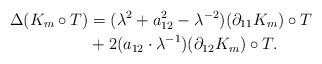
LaTeX: \begin{align*}\Delta( K_m \circ T) &= (\lambda^2 +a_{12}^2 -\lambda^{-2}) (\partial_{11} K_m) \circ T \\&+ 2 (a_{12} \cdot \lambda^{-1}) (\partial_{12} K_m) \circ T.\end{align*}